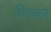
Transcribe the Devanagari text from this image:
मिल्कर्